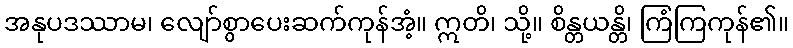
အနုပဒဿာမ၊ လျော်စွာပေးဆက်ကုန်အံ့။ ဣတိ၊ သို့။ စိန္တယန္တိ၊ ကြံကြကုန်၏။